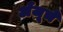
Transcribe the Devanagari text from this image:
अँजूचे